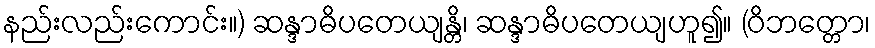
နည်းလည်းကောင်း။) ဆန္ဒာဓိပတေယျန္တိ၊ ဆန္ဒာဓိပတေယျဟူ၍။ (ဝိဘတ္တော၊